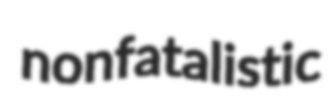
nonfatalistic